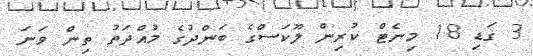
3 ގަޑި 18 މިނެޓް ކުރިން ލޫކަސްގެ ބަންދުގެ މުއްދަތު ތިން ވަނަ